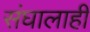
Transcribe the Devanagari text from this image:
संघालाही